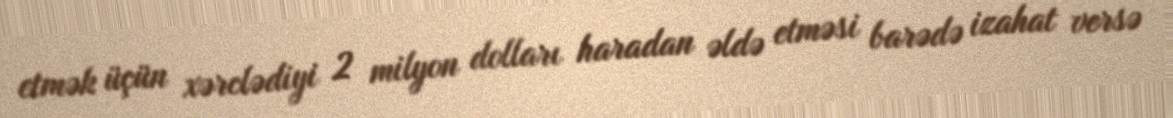
etmək üçün xərclədiyi 2 milyon dolları haradan əldə etməsi barədə izahat versə